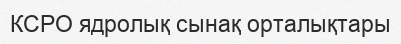
КСРО ядролық сынақ орталықтары